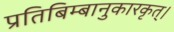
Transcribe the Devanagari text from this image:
प्रतिबिम्बानुकारकृत्‌।